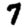
Digit: 7